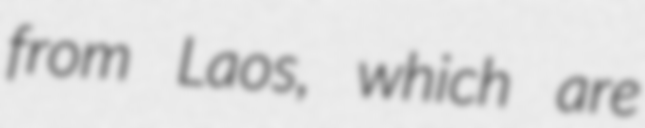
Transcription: from Laos, which are